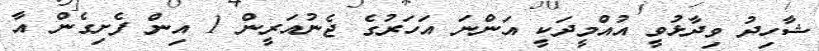
ޝާހިދު ވިދާޅުވީ އުއްމީދަކީ އަންނަ އަހަރުގެ ޖެނުއަރީން 1 އިން ފެށިގެން އާ